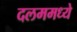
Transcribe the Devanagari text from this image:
दलममध्ये